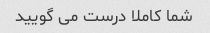
شما کاملا درست می گویید